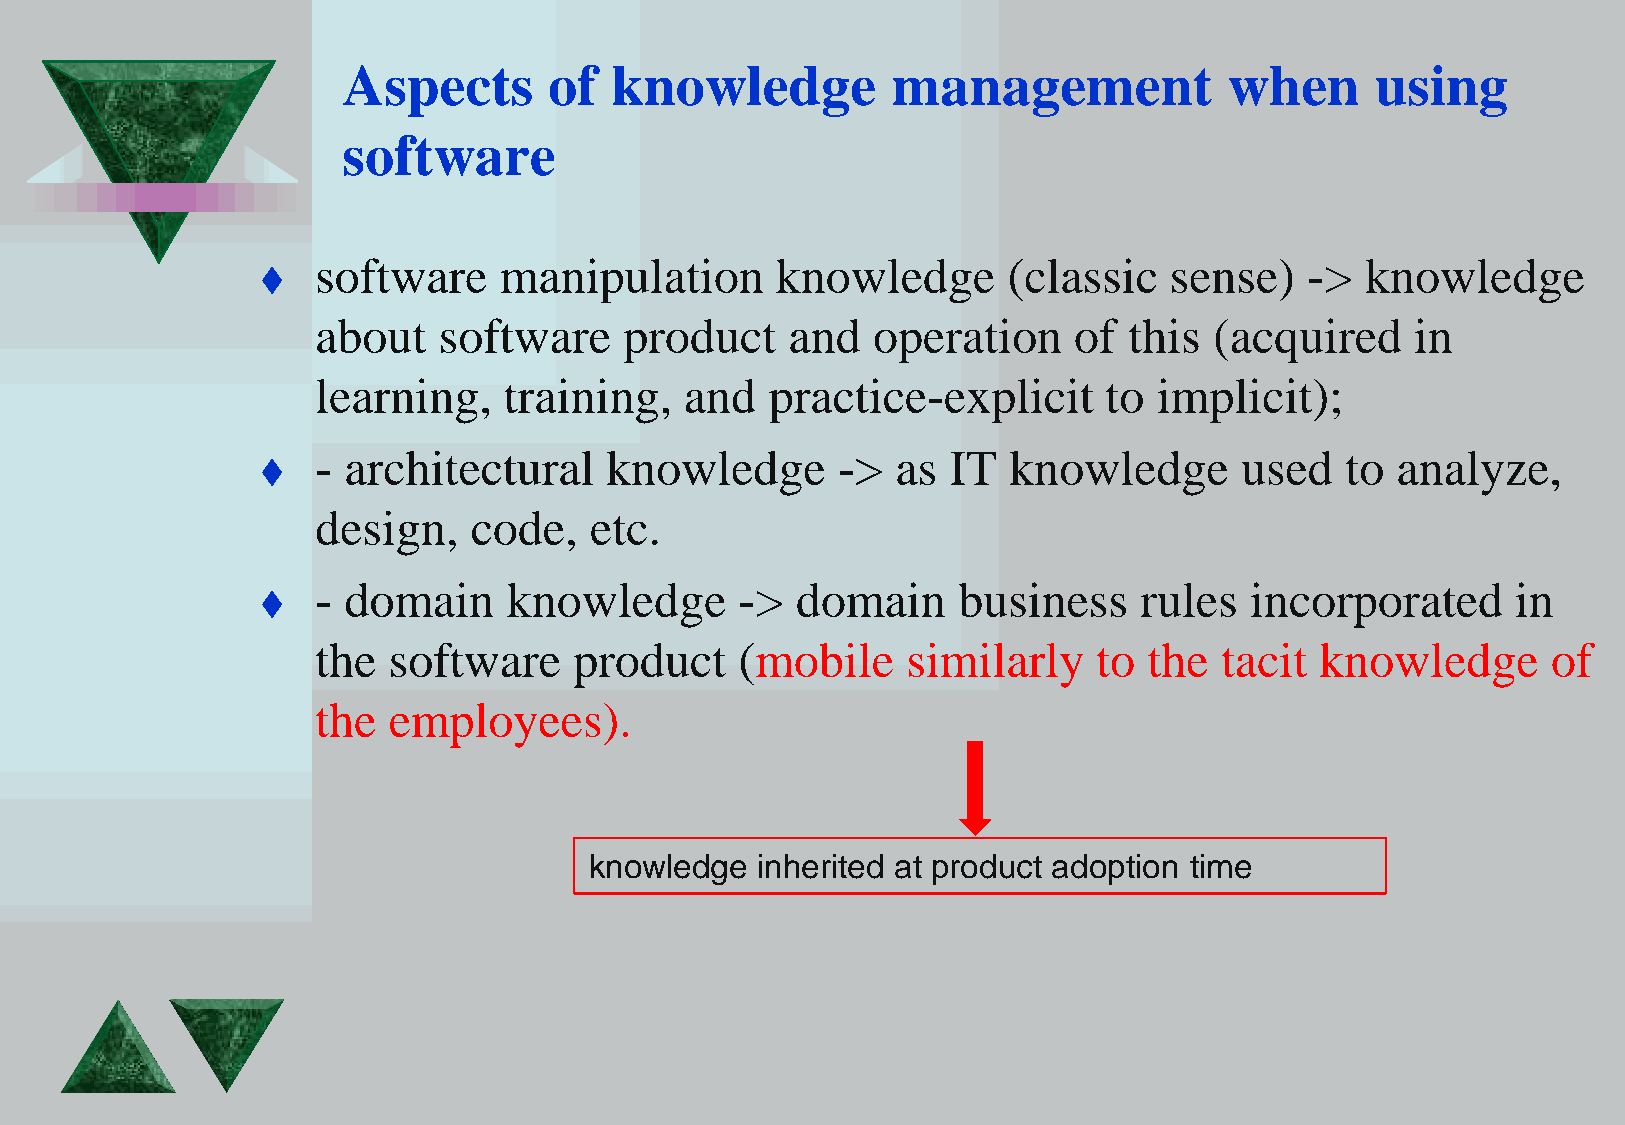
Aspects      of  knowledge          management            when      using
 software
 software    manipulation      knowledge       (classic  sense)    -> knowledge
 
 about   software    product    and   operation    of  this (acquired     in
 learning,   training,   and   practice-explicit     to  implicit);
 - architectural    knowledge      ->  as  IT  knowledge      used   to analyze,
 
 design,   code,   etc.
 - domain     knowledge      ->  domain    business    rules   incorporated     in
 
 the  software    product    (mobile    similarly    to the  tacit knowledge       of
 the  employees).
 knowledge  inherited at product adoption time